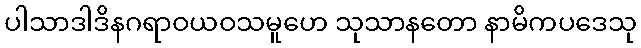
ပါသာဒါဒိနဂရာဝယဝသမူဟေ သုသာနတော နာမိကပဒေသု